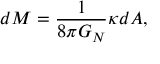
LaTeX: d M = { \frac { 1 } { 8 \pi G _ { N } } } \kappa d A ,